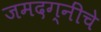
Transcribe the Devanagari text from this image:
जमदग्नींचे